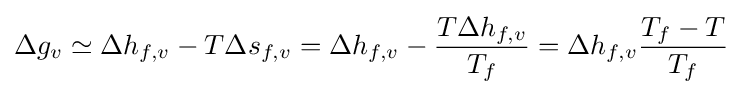
\Delta g_{v}\simeq \Delta h_{f,v}-T\Delta s_{f,v}=\Delta h_{f,v}-{\frac {T\Delta h_{f,v}}{T_{f}}}=\Delta h_{f,v}{\frac {T_{f}-T}{T_{f}}}